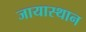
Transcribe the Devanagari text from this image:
जायास्थान